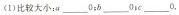
(1)比较大小：a___0；b___0；c___0.